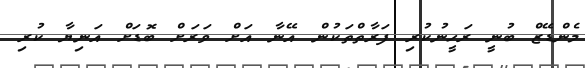
މެންޑޭޒް ބުނީ ރަހީނުކުރި ފަރާތްތަކުން އޭނާ އަށް ވަރަށް ބޮޑަށް އަނިޔާ ކުރި